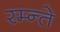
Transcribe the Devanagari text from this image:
रम्न्ते